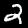
Label: 2